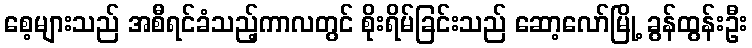
စေ့များသည် အစီရင်ခံသည့်ကာလတွင် စိုးရိမ်ခြင်းသည် ဆော့လော်မြို့ ခွန်ထွန်းဦး